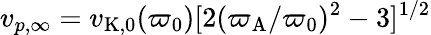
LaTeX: v_{p,\infty}=v_{\mathrm{K,0}}(\varpi_{0})[2(\varpi_{\mathrm{A}}/\varpi_{0})^{2}-3]^{1/2}